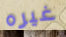
غيره